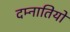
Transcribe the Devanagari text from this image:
दम्नातियो